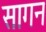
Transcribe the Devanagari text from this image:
सागन